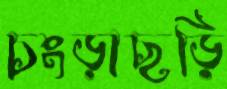
চংড়াছড়ি